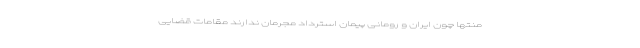
منتها چون ایران و رومانی پیمان استرداد مجرمان ندارند مقامات قضایی